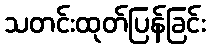
သတင်းထုတ်ပြန်ခြင်း